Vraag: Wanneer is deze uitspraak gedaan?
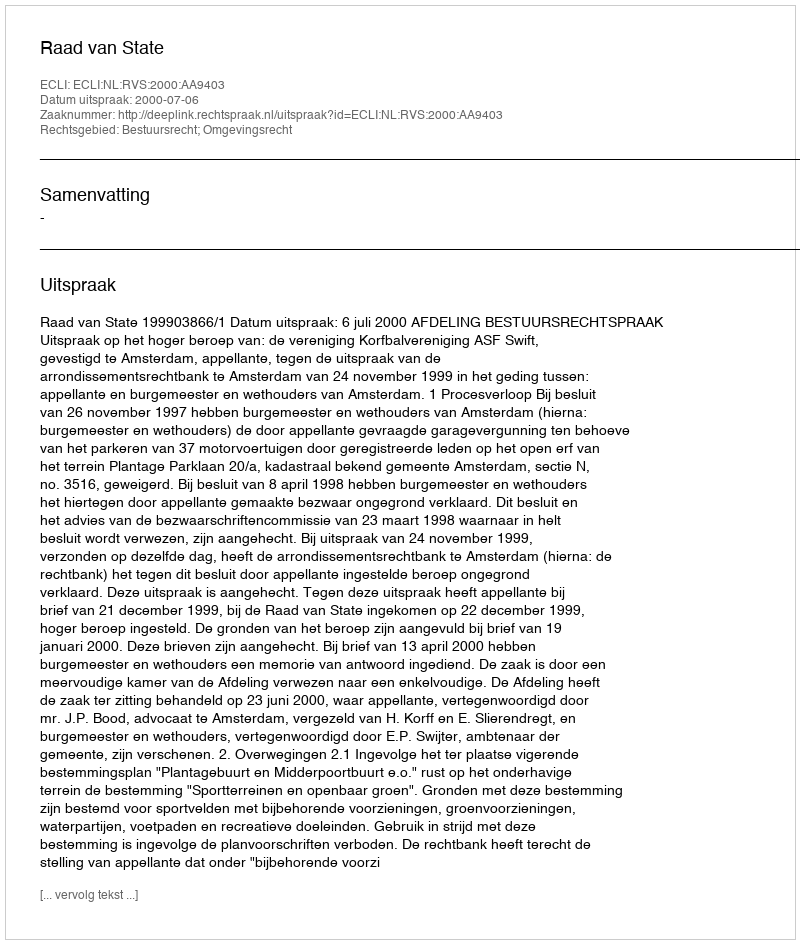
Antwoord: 2000-07-06